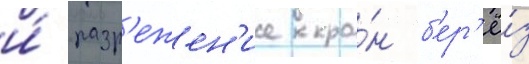
и́ разр'ежен'ие кро́н б'ер'ё́з